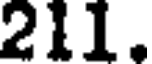
211.